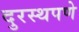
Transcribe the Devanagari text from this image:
दुरस्थपणे